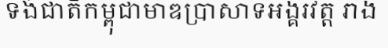
ទង់ជាតិកម្ពុជាមាឌប្រាសាទអង្គរវត្ត រាង